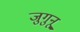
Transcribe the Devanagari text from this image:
जुगुनू